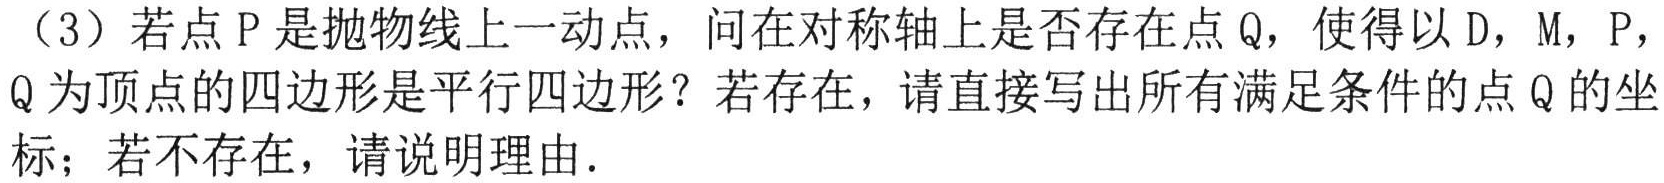
（3）若点P是抛物线上一动点，问在对称轴上是否存在点Q，使得以D，M，P，Q为顶点的四边形是平行四边形？若存在，请直接写出所有满足条件的点Q的坐标；若不存在，请说明理由.